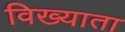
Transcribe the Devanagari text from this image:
विख्याता